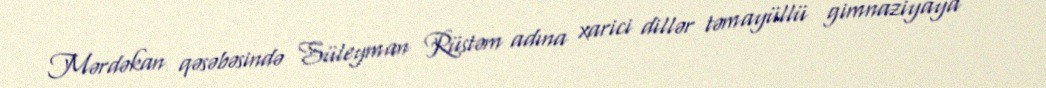
Mərdəkan qəsəbəsində Süleyman Rüstəm adına xarici dillər təmayüllü gimnaziyaya